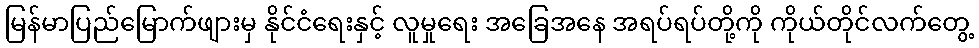
မြန်မာပြည်မြောက်ဖျားမှ နိုင်ငံရေးနှင့် လူမှုရေး အခြေအနေ အရပ်ရပ်တို့ကို ကိုယ်တိုင်လက်တွေ့